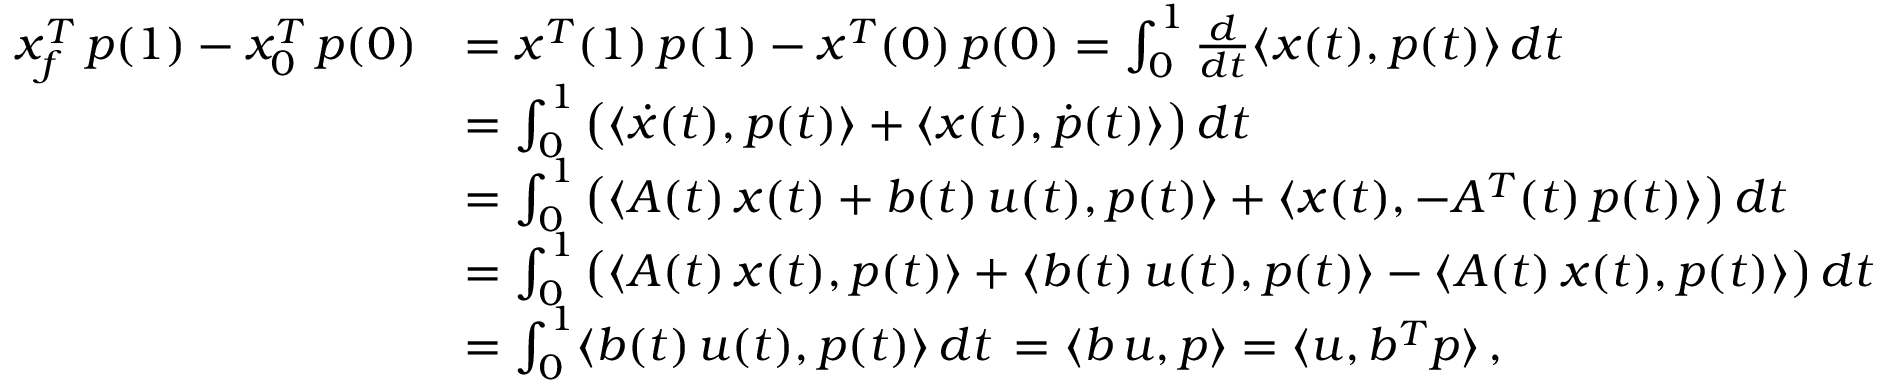
\begin{array} { r l } { x _ { f } ^ { T } \, p ( 1 ) - x _ { 0 } ^ { T } \, p ( 0 ) } & { = x ^ { T } ( 1 ) \, p ( 1 ) - x ^ { T } ( 0 ) \, p ( 0 ) = \int _ { 0 } ^ { 1 } \frac { d } { d t } \langle x ( t ) , p ( t ) \rangle \, d t } \\ & { = \int _ { 0 } ^ { 1 } \big ( \langle \dot { x } ( t ) , p ( t ) \rangle + \langle x ( t ) , \dot { p } ( t ) \rangle \big ) \, d t } \\ & { = \int _ { 0 } ^ { 1 } \big ( \langle A ( t ) \, x ( t ) + b ( t ) \, u ( t ) , p ( t ) \rangle + \langle x ( t ) , - A ^ { T } ( t ) \, p ( t ) \rangle \big ) \, d t } \\ & { = \int _ { 0 } ^ { 1 } \big ( \langle A ( t ) \, x ( t ) , p ( t ) \rangle + \langle b ( t ) \, u ( t ) , p ( t ) \rangle - \langle A ( t ) \, x ( t ) , p ( t ) \rangle \big ) \, d t } \\ & { = \int _ { 0 } ^ { 1 } \langle b ( t ) \, u ( t ) , p ( t ) \rangle \, d t \, = \langle b \, u , p \rangle = \langle u , b ^ { T } p \rangle \, , } \end{array}